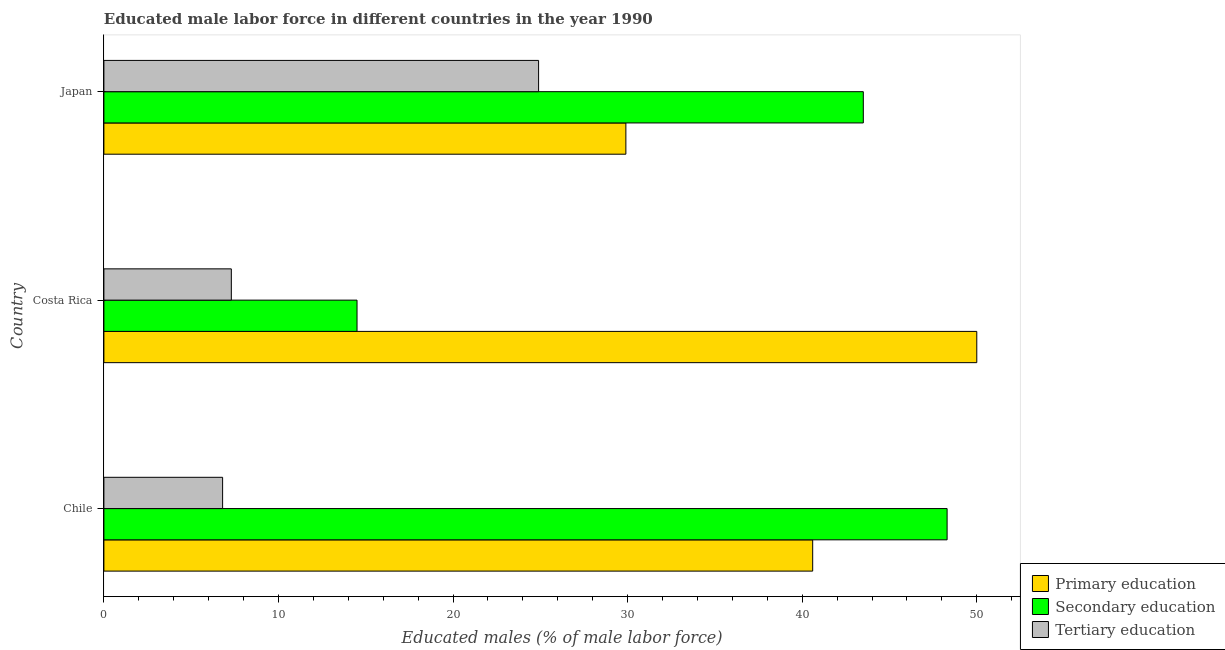
| Country | Primary education | Secondary education | Tertiary education |
 | --- | --- | --- | --- |
 | Chile | 40.6 | 48.3 | 6.8 |
 | Costa Rica | 50 | 14.5 | 7.3 |
 | Japan | 29.9 | 43.5 | 24.9 |